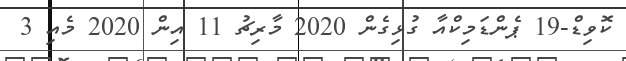
ކޮވިޑް-19 ޕެންޑަމިކްއާ ގުޅިގެން 2020 މާރިޗު 11 އިން 2020 މެއި 3